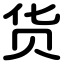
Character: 货